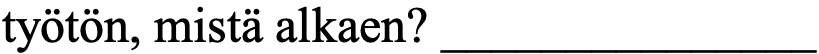
työtön, mistä alkaen? _______________